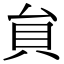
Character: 貟